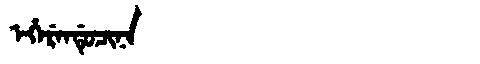
Manchu: ᡝᡥᡝᡵᡝᠨᡩᡠᠴᡳᠨᠠ
Romanization: EHERENDUCINA